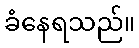
ခံနေရသည်။